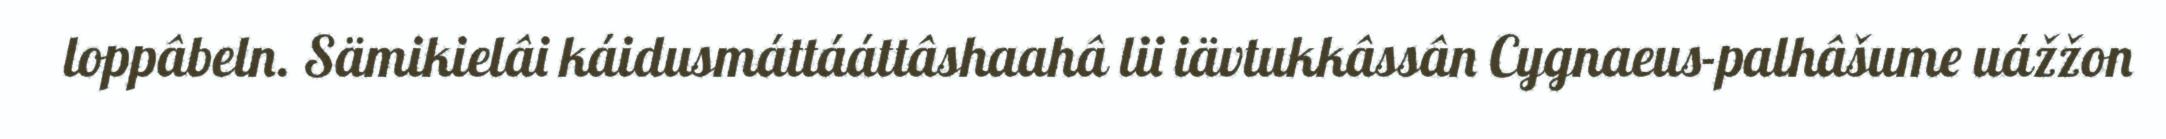
loppâbeln. Sämikielâi káidusmáttááttâshaahâ lii iävtukkâssân Cygnaeus-palhâšume uážžon